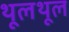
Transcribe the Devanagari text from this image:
थूलथूल